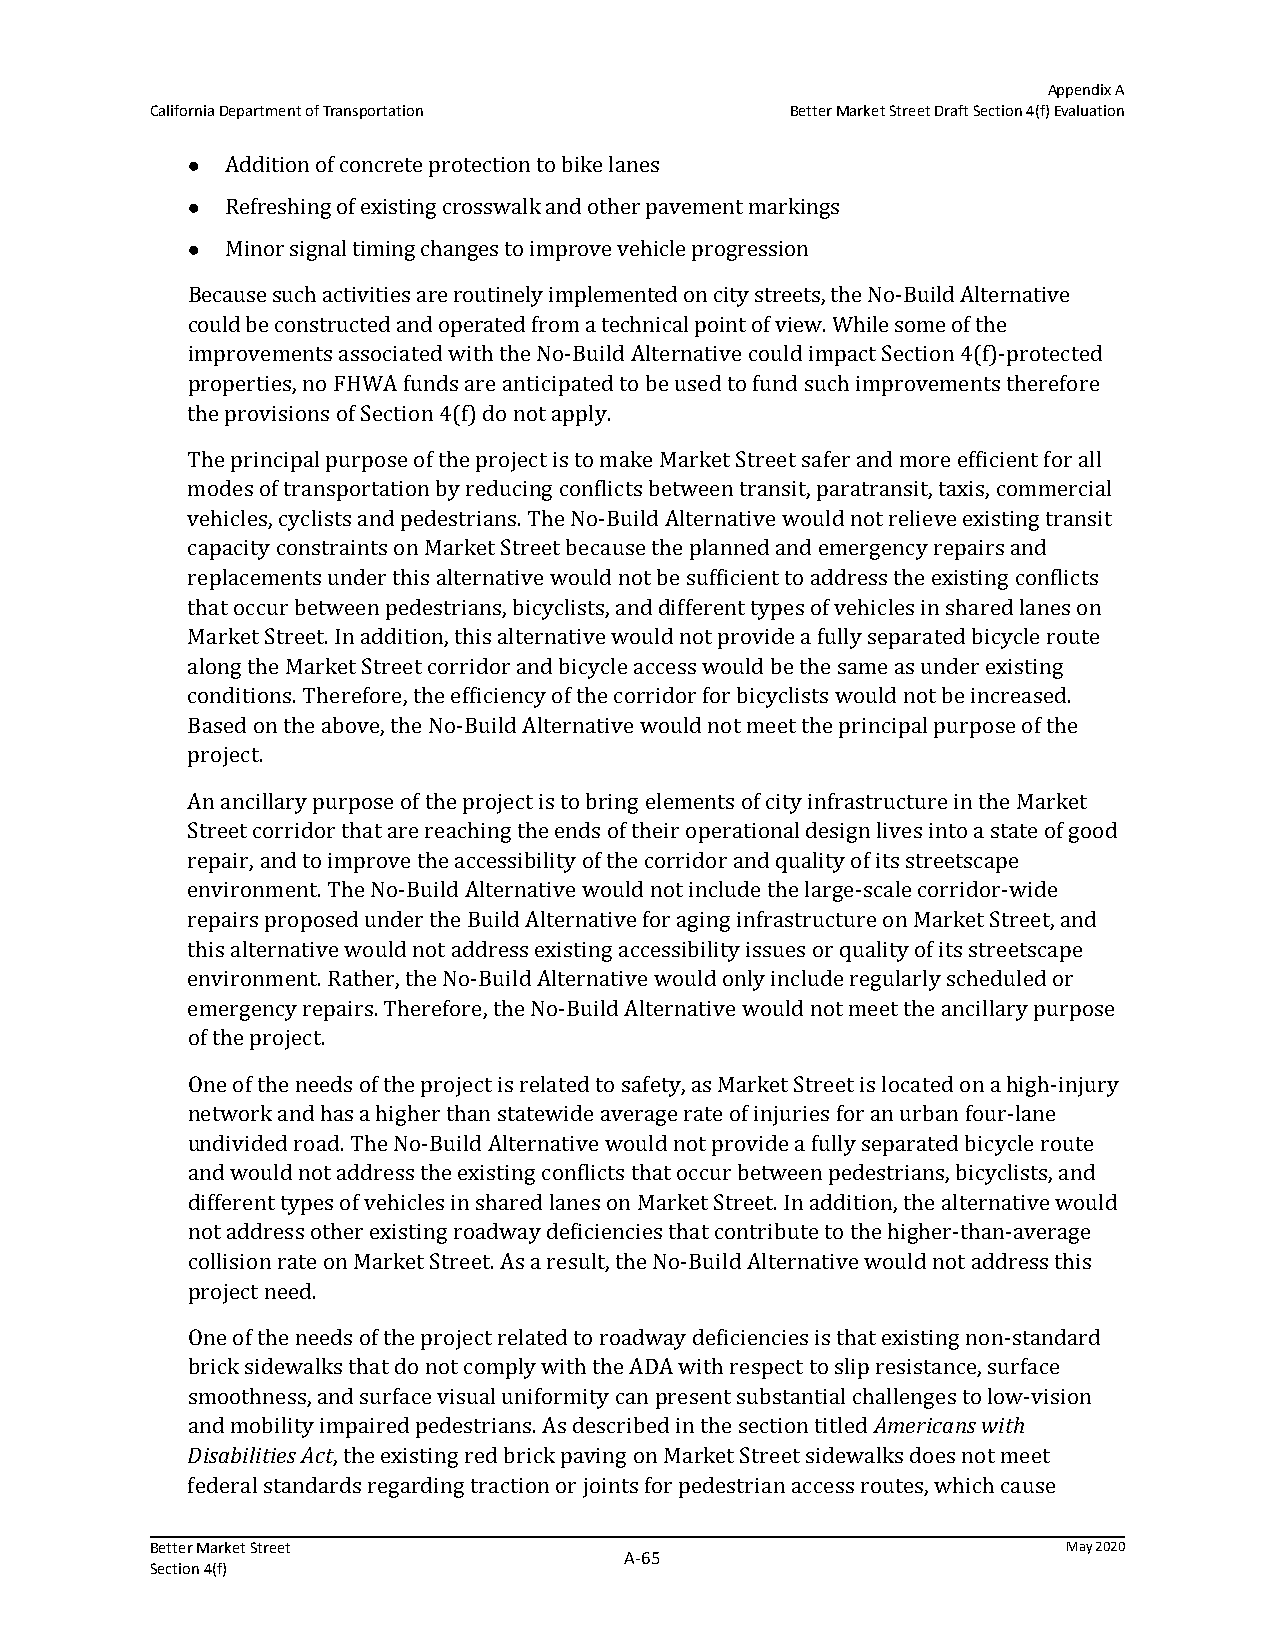
Appendix A
 California Department of Transportation   Better Market Street Draft Section 4(f) Evaluation
   Addition of concrete protection to bike lanes
   Refreshing of existing crosswalk and other pavement markings
   Minor signal timing changes to improve vehicle progression
 Because such activities are routinely implemented on city streets, the No-Build Alternative
 could be constructed and operated from a technical point of view. While some of the
 improvements associated with the No-Build Alternative could impact Section 4(f)-protected
 properties, no FHWA funds are anticipated to be used to fund such improvements therefore
 the provisions of Section 4(f) do not apply.
 The principal purpose of the project is to make Market Street safer and more efficient for all
 modes of transportation by reducing conflicts between transit, paratransit, taxis, commercial
 vehicles, cyclists and pedestrians. The No-Build Alternative would not relieve existing transit
 capacity constraints on Market Street because the planned and emergency repairs and
 replacements under this alternative would not be sufficient to address the existing conflicts
 that occur between pedestrians, bicyclists, and different types of vehicles in shared lanes on
 Market Street. In addition, this alternative would not provide a fully separated bicycle route
 along the Market Street corridor and bicycle access would be the same as under existing
 conditions. Therefore, the efficiency of the corridor for bicyclists would not be increased.
 Based on the above, the No-Build Alternative would not meet the principal purpose of the
 project.
 An ancillary purpose of the project is to bring elements of city infrastructure in the Market
 Street corridor that are reaching the ends of their operational design lives into a state of good
 repair, and to improve the accessibility of the corridor and quality of its streetscape
 environment. The No-Build Alternative would not include the large-scale corridor-wide
 repairs proposed under the Build Alternative for aging infrastructure on Market Street, and
 this alternative would not address existing accessibility issues or quality of its streetscape
 environment. Rather, the No-Build Alternative would only include regularly scheduled or
 emergency repairs. Therefore, the No-Build Alternative would not meet the ancillary purpose
 of the project.
 One of the needs of the project is related to safety, as Market Street is located on a high-injury
 network and has a higher than statewide average rate of injuries for an urban four-lane
 undivided road. The No-Build Alternative would not provide a fully separated bicycle route
 and would not address the existing conflicts that occur between pedestrians, bicyclists, and
 different types of vehicles in shared lanes on Market Street. In addition, the alternative would
 not address other existing roadway deficiencies that contribute to the higher-than-average
 collision rate on Market Street. As a result, the No-Build Alternative would not address this
 project need.
 One of the needs of the project related to roadway deficiencies is that existing non-standard
 brick sidewalks that do not comply with the ADA with respect to slip resistance, surface
 smoothness, and surface visual uniformity can present substantial challenges to low-vision
 and mobility impaired pedestrians. As described in the section titled Americans with
 Disabilities Act, the existing red brick paving on Market Street sidewalks does not meet
 federal standards regarding traction or joints for pedestrian access routes, which cause
 Better Market Street                                         May 2020
 A‐65
 Section 4(f)